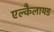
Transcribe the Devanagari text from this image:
एल्कैलायड